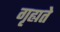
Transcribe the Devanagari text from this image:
गृह्यते